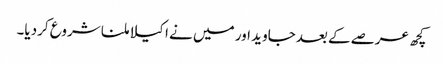
کچھ عرصے کے بعدجاوید اور میں نے ا کیلا ملنا شروع کردیا۔